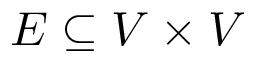
E \subseteq V \times V